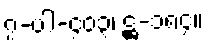
၇-ပါ-၄၀၃၊ ဋ္ဌ-၁၈၄။